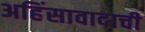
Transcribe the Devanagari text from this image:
अहिंसावादाची